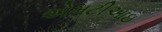
એમટીઆઇ